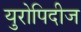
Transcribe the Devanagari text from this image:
युरोपिदीज